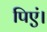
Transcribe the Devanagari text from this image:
पिएं।